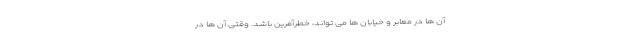
آن ها در معابر و خیابان ها می تواند، خطرآفرین باشد. وقتی آن ها در